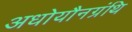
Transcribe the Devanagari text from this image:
अधोयौनग्रंथि